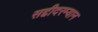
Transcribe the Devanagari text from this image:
सद्दीदरम्यान